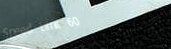
Speed Limit 60